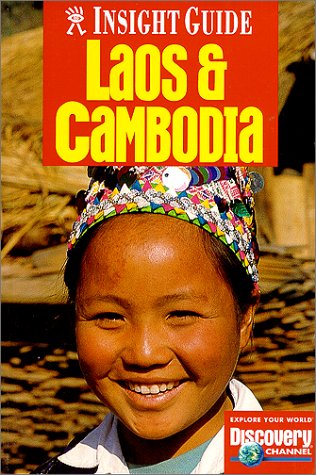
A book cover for Insight Guide Laos and Cambodia (Laos & Cambodia, 1st ed); Clare Griffiths; Travel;